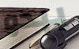
يبدو